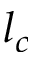
l _ { c }